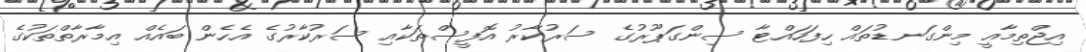
އިޖްތިމާއީ މިންގަނޑުތައް ހިފަހައްޓާ ސިންގަޕޫރުގެ ސަރުކާރު އޮފީސްތަކާއި ސަރުކާރުގެ އެހެން ބައެއް އިމާރާތްތަކުގެ